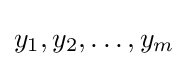
y_{1},y_{2},\dots ,y_{m}